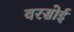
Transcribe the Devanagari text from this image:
वरसोई